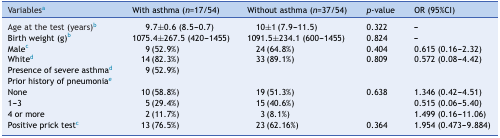
| Variablesa | With asthma (n=17/54) | Without asthma (n=37/54) | p-value | OR (95%CI) |
 | --- | --- | --- | --- | --- |
 | Age at the test (years)b | 9.7±0.6 (8.5-0.7) | 10±1 (7.9-11.5) | 0.322 | - |
 | Birth weight (g)b | 1075.4±267.5 (420-1455) | 1091.5±234.1 (600-1455) | 0.824 | - |
 | Malec | 9 (52.9%) | 24 (64.8%) | 0.404 | 0.615 (0.16-2.32) |
 | Whited | 14 (82.3%) | 33 (89.1%) | 0.809 | 0.572 (0.08-4.42) |
 | Presence of severe asthmad | 9 (52.9%) |  |  |  |
 | <COLSPAN=5> Prior history of pneumoniae |
 | None | 10 (58.8%) | 19 (51.3%) | 0.638 | 1.346 (0.42-4.51) |
 | 1-3 | 5 (29.4%) | 15 (40.6%) |  | 0.515 (0.06-5.40) |
 | 4 or more | 2 (11.7%) | 3 (8.1%) |  | 1.499 (0.16-11.06) |
 | Positive prick testc | 13 (76.5%) | 23 (62.16%) | 0.364 | 1.954 (0.473-9.884) |